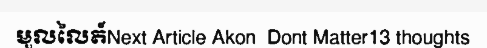
មួលលៃត៍Next Article Akon  Dont Matter13 thoughts